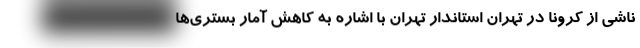
ناشی از کرونا در تهران استاندار تهران با اشاره به کاهش آمار بستری‌ها